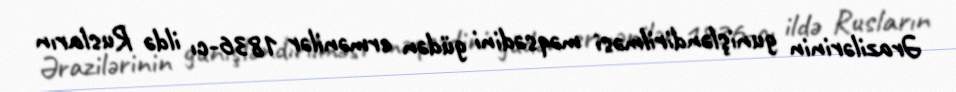
Ərazilərinin gunişləndirilməsi məqsədini güdən ermənilər 1836-cı ildə Rusların